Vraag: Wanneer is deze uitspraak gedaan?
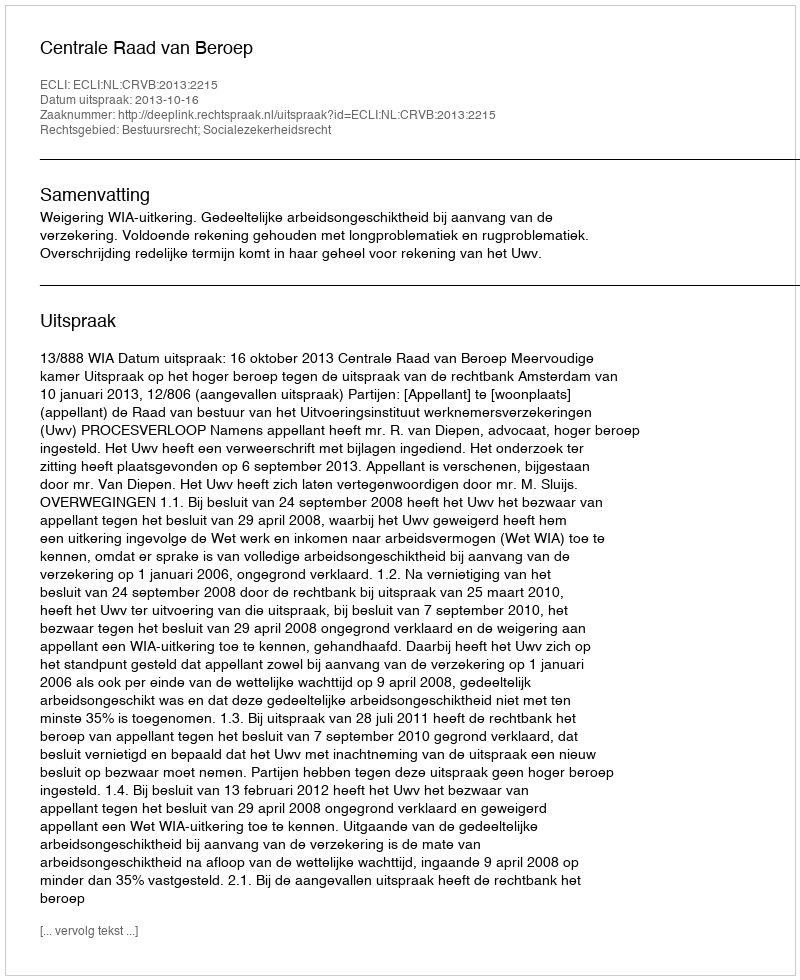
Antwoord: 2013-10-16